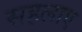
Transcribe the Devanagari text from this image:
सहलाए